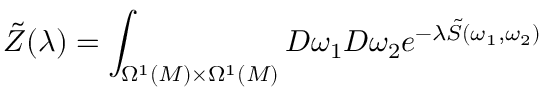
\tilde { Z } ( \lambda ) = \int _ { \Omega ^ { 1 } ( M ) \times \Omega ^ { 1 } ( M ) } { \cal D } \omega _ { 1 } { \cal D } \omega _ { 2 } e ^ { - \lambda \tilde { S } ( \omega _ { 1 } , \omega _ { 2 } ) }